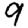
Digit: 9